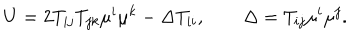
U = 2 T _ { i j } T _ { j k } \mu ^ { i } \mu ^ { k } - \Delta T _ { i i } , \qquad \Delta = T _ { i j } \mu ^ { i } \mu ^ { j } .